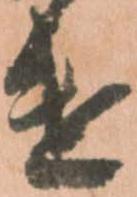
遣